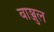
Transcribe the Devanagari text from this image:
बाञ्जुल